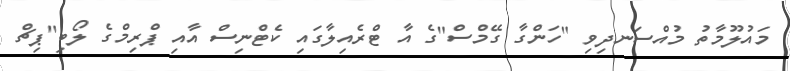
މައުލޫމާތު މުއްސަނދިވި "ހަންގާ ގޭމްސް"ގެ އާ ޓްރެއިލާގައި ކެޓްނިސް އާއި ޕްރިމްގެ ލޯބި"ޕިޗް